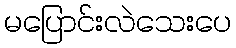
မပြောင်းလဲသေးပေ